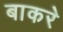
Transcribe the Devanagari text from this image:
बाकरे